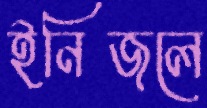
ইনিজলে